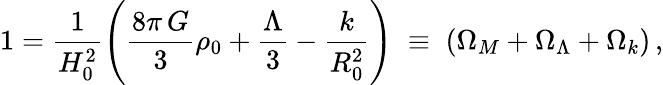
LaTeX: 1=\frac{1}{H_{0}^{2}}\left(\frac{8\pi\, G}{3}\rho_{0}+\frac{\Lambda}{3}-\frac{k}{R_{0}^{2}}\right)\; \equiv\; \left(\Omega_{M}+\Omega_{\Lambda}+\Omega_{k}\right)\, ,